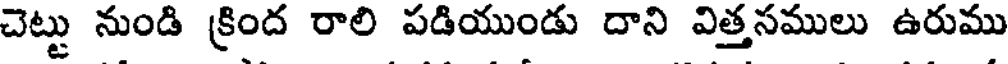
చెట్టు నుండి క్రింద రాలి పడియుండు దాని విత్తసములు ఉరుము